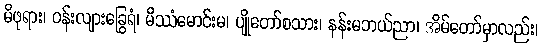
မိဖုရား၊ ဝန်းလျားခြွေရံ၊ မိဿံမောင်းမ၊ ပျိုတော်စသား၊ နန်းမဘယ်ညာ၊ အိမ်တော်မှာလည်း၊